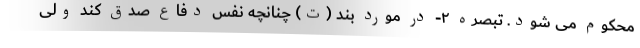
محکوم می شود. تبصره ۲- در مورد بند (ت) چنانچه نفس دفاع صدق کند ولی